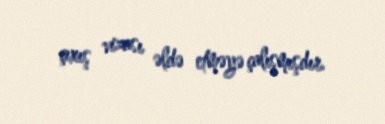
çıxış vizası əldə etməyə çalışmışdır.